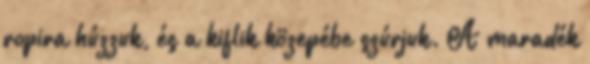
ropira húzzuk, és a kiflik közepébe szúrjuk. A maradék